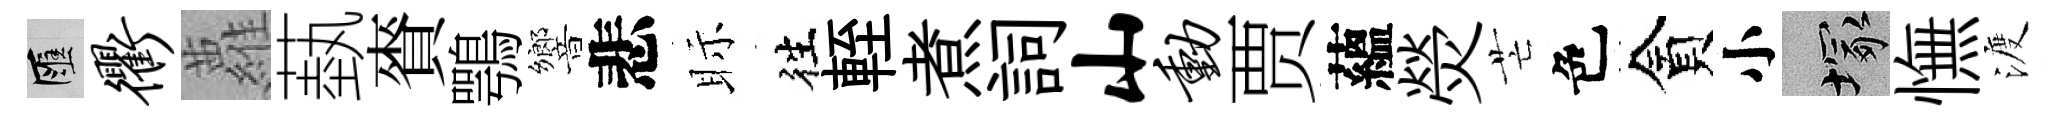
匯衢蘿蓺賚鶚響悲眎徃輊煮詞山动贾蘊熒芒色貪小塚憮渡